Indian journal of veterinary science and animal husbandry - Volume 8,
Year: 1938
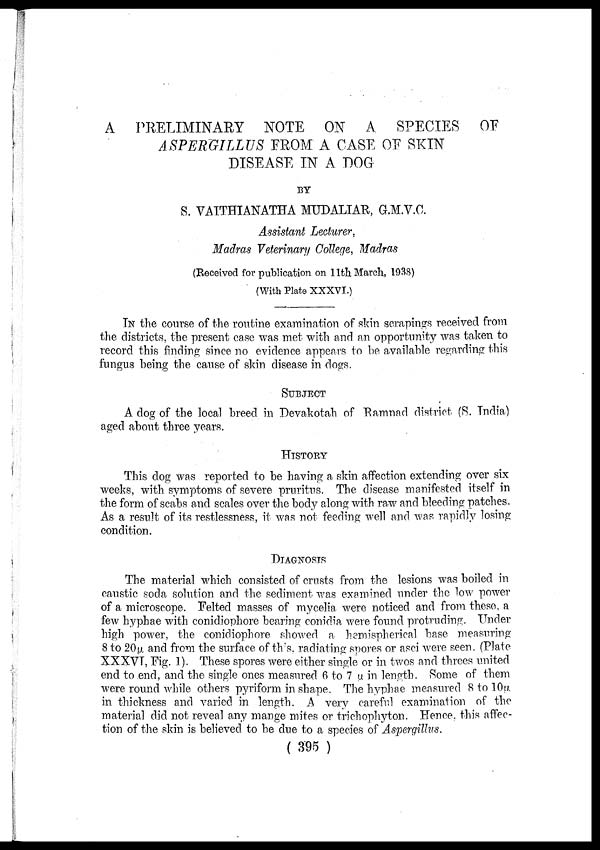
A PRELIMINARY NOTE ON A SPECIES OF
ASPERGILLUS FROM A CASE OF SKIN
DISEASE IN A DOG
BY
S. VAITHIANATHA MUDALIAR, G.M.V.C.
Assistant Lecturer,
Madras Veterinary College, Madras
(Received for publication on 11th March, 1938)
(With Plate XXXVI.)
IN the course of the routine examination of skin scrapings received from
the districts, the present case was met with and an opportunity was taken to
record this finding since no evidence appears to be available regarding this
fungus being the cause of skin disease in dogs.
SUBJECT
A dog of the local breed in Devakotah of Ramnad district (S. India)
aged about three years.
HISTORY
This dog was reported to be having a skin affection extending over six
weeks, with symptoms of severe pruritus. The disease manifested itself in
the form of scabs and scales over the body along with raw and bleeding patches.
As a result of its restlessness, it was not feeding well and was rapidly losing-
condition.
DIAGNOSIS
The material which consisted of crusts from the lesions was boiled in
caustic soda solution and the sediment was examined under the low power
of a microscope. Felted masses of mycelia were noticed and from these, a
few hyphae with conidiophore bearing conidia were found protruding. Under
high power, the conidiophore showed a hemispherical base measuring
8 to 20µ and from the surface of this, radiating spores or asci were seen. (Plate
XXXVI, Fig. 1). These spores were either single or in twos and threes united
end to end, and the single ones measured 6 to 7 µ in length. Some of them
were round while others pyriform in shape. The hyphae measured 8 to 10µ.
in thickness and varied in length. A very careful examination of the
material did not reveal any mange mites or trichophyton. Hence, this affec-
tion of the skin is believed to be due to a species of Aspergillus.
( 395 )